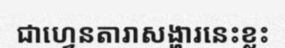
ជាហ្វេនតារាសង្ហារនេះខ្លះ